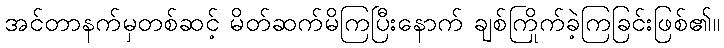
အင်တာနက်မှတစ်ဆင့် မိတ်ဆက်မိကြပြီးနောက် ချစ်ကြိုက်ခဲ့ကြခြင်းဖြစ်၏။